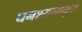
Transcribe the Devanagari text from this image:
घनश्यामकृत